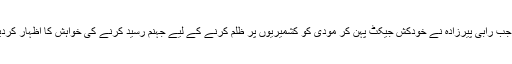
بات مودی کو دھمکی دینے تک رہتی تو ٹھیک تھا لیکن بات تو جب بگڑی جب رابی پیرزادہ نے خودکش جیکٹ پہن کر مودی کو کشمیریوں پر ظلم کرنے کے لیے جہنم رسید کرنے کی خواہش کا اظہار کردیا اور رابی کی اس دھمکی نے جیسے پورے بھارت میں طوفان برپا کردیا۔